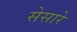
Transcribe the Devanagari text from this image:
सेसारे